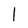
Character: l